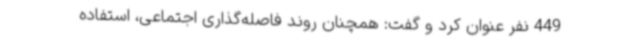
449 نفر عنوان کرد و گفت: همچنان روند فاصله‌گذاری اجتماعی، استفاده